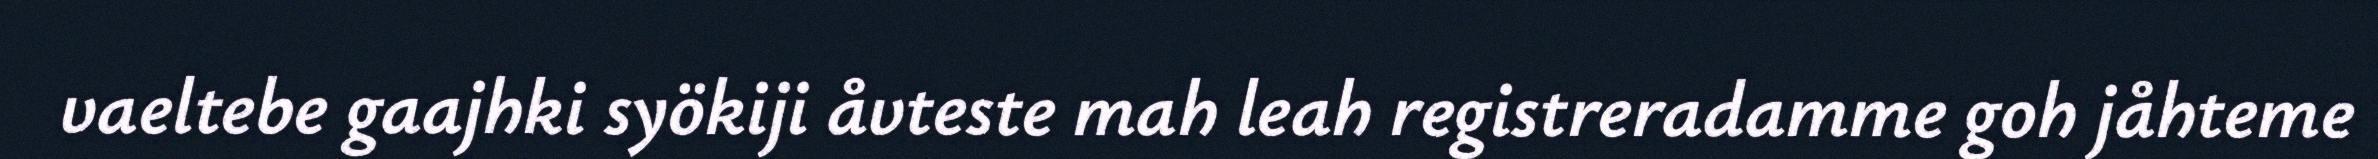
vaeltebe gaajhki syökiji åvteste mah leah registreradamme goh jåhteme